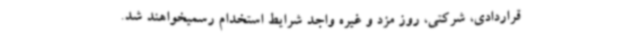
قراردادی، شرکتی، روز مزد و غیره واجد شرایط استخدام رسمیخواهند شد.